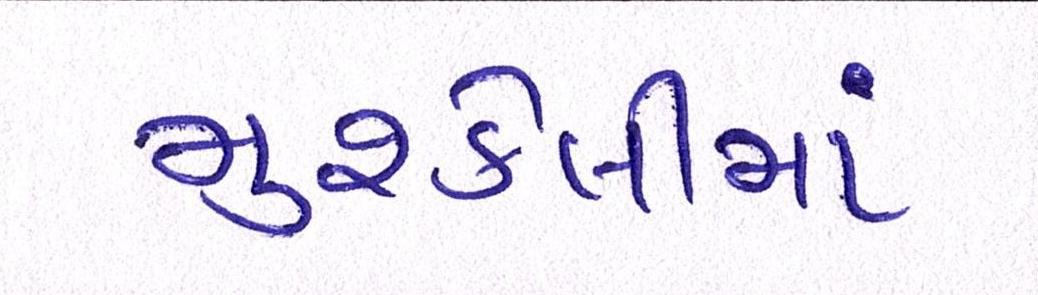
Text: મુશ્કેલીમાં